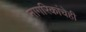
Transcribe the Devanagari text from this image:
नागरिकांचेही